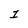
Character: 2